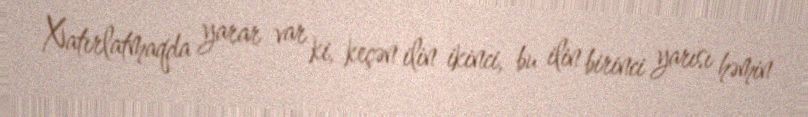
Xatırlatmaqda yarar var ki, keçən ilin ikinci, bu ilin birinci yarısı həmin